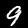
Digit: 9